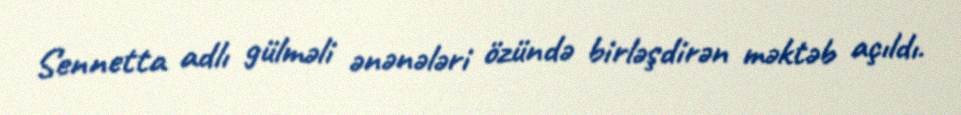
Sennetta adlı gülməli ənənələri özündə birləşdirən məktəb açıldı.